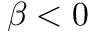
\beta < 0